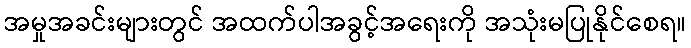
အမှုအခင်းများတွင် အထက်ပါအခွင့်အရေးကို အသုံးမပြုနိုင်စေရ။